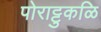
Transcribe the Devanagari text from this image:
पोराट्टुकळि